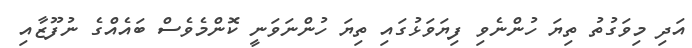
އަދި މިވަގުތު ތިޔަ ހުންނެވި ފިޔަވަޅުގައި ތިޔަ ހުންނަވަނީ ކޮންމެވެސް ބައެއްގެ ނުފޫޒާއި